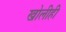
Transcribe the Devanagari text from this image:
खोलीही